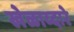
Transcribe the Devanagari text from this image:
खेळाव्दारे